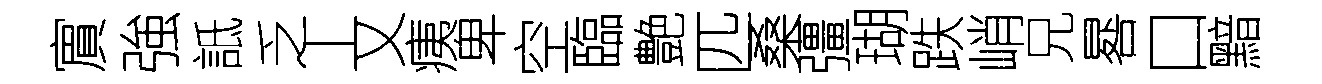
賔強詆乏丄乂痍卑空臨艶匹桑彊瑚跌峭兄晷口黯